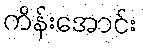
ကိန်းအောင်း